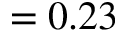
= 0 . 2 3